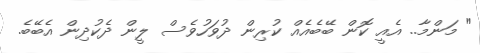
" މަންމާ.. އެއީ ކޮން ބޭބެއެއް ކުރިން ދުވަހުވެސް ލީން ދެކުދިން އެބޭބެ.